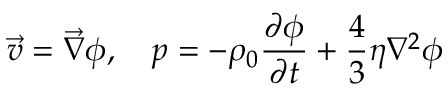
\vec { v } = \vec { \nabla } \phi , \quad p = - \rho _ { 0 } \frac { \partial \phi } { \partial t } + \frac 4 3 \eta \nabla ^ { 2 } \phi